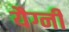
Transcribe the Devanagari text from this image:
यैग्नी